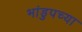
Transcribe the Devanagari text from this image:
भांडुपच्या